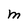
Character: M